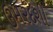
ઉમરદશી